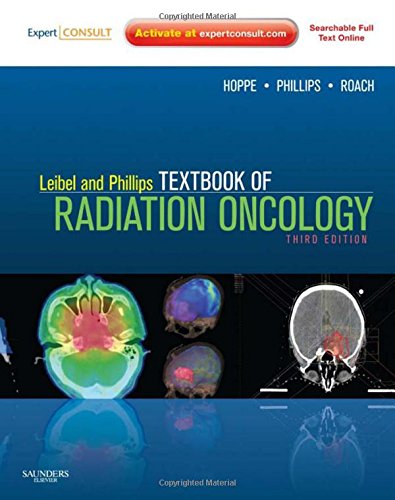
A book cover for Leibel and Phillips Textbook of Radiation Oncology: Expert Consult - Online and Print, 3e; Richard Hoppe MD; Medical Books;